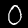
Digit: 0